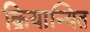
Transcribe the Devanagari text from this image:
क्रियान्यित